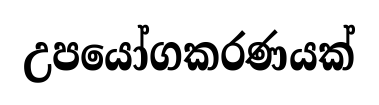
උපයෝගකරණයක්